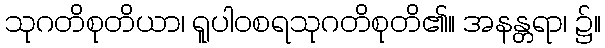
သုဂတိစုတိယာ၊ ရူပါဝစရသုဂတိစုတိ၏။ အနန္တရာ၊ ၌။